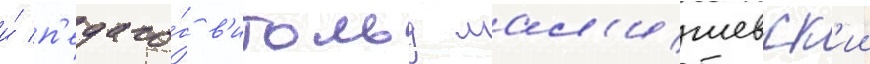
и́ п'едаго́г в'итольд мал'ишевск'ии